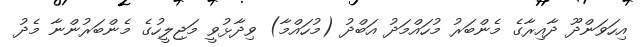
އިހަވަންދޫ ދާއިރާގެ މެންބަރު މުހައްމަދު އަބްދު (މުހައްމާ) ވިދާޅުވީ މަޖިލީހުގެ މެންބަރުންނާ މެދު